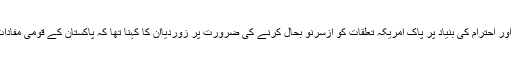
وزیر خارجہ شاہ محمود قریشی نے باہمی اعتماد اور احترام کی بنیاد پر پاک امریکہ تعلقات کو ازسرنو بحال کرنے کی ضرورت پر زوردیاان کا کہنا تھا کہ پاکستان کے قومی مفادات کا تحفظ کرنا نئی حکومت کی اولین ترجیح ہے۔